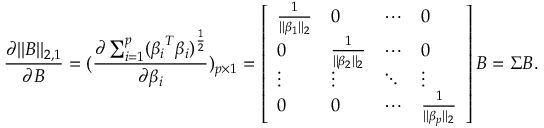
\frac { \partial | | B | | _ { 2 , 1 } } { \partial B } = ( \frac { \partial \sum _ { i = 1 } ^ { p } ( \boldsymbol { \beta _ { i } } ^ { T } \boldsymbol { \beta _ { i } } ) ^ { \frac { 1 } { 2 } } } { \partial \boldsymbol { \beta _ { i } } } ) _ { p \times 1 } = \left[ \begin{array} { l l l l } { \frac { 1 } { | | \boldsymbol { \beta _ { 1 } } | | _ { 2 } } } & { 0 } & { \cdots } & { 0 } \\ { 0 } & { \frac { 1 } { | | \boldsymbol { \beta _ { 2 } } | | _ { 2 } } } & { \cdots } & { 0 } \\ { \vdots } & { \vdots } & { \ddots } & { \vdots } \\ { 0 } & { 0 } & { \cdots } & { \frac { 1 } { | | \boldsymbol { \beta _ { p } } | | _ { 2 } } } \end{array} \right] B = \Sigma B .